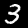
Label: 3